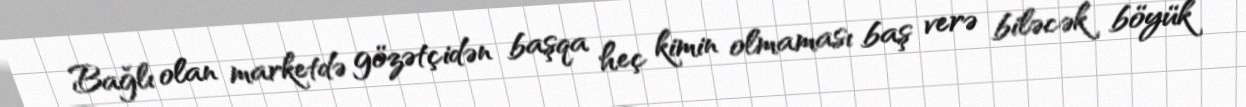
Bağlı olan marketdə gözətçidən başqa heç kimin olmaması baş verə biləcək böyük